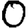
Digit: 0